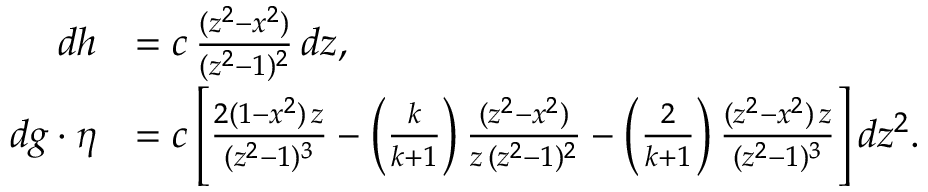
\begin{array} { r l } { d h } & { = c \, \frac { ( z ^ { 2 } - x ^ { 2 } ) } { ( z ^ { 2 } - 1 ) ^ { 2 } } \, d z , } \\ { d g \cdot \eta } & { = c \, \Bigg [ \frac { 2 ( 1 - x ^ { 2 } ) \, z } { ( z ^ { 2 } - 1 ) ^ { 3 } } - \Big ( \frac { k } { k + 1 } \Big ) \, \frac { ( z ^ { 2 } - x ^ { 2 } ) } { z \, ( z ^ { 2 } - 1 ) ^ { 2 } } - \Big ( \frac { 2 } { k + 1 } \Big ) \, \frac { ( z ^ { 2 } - x ^ { 2 } ) \, z } { ( z ^ { 2 } - 1 ) ^ { 3 } } \Bigg ] \, d z ^ { 2 } . } \end{array}